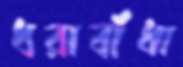
ধরাবাঁধা